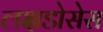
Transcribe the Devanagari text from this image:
लक्षडोसेस